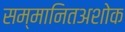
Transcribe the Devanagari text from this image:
सम्मानितअशोक